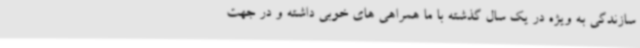
سازندگی به ویژه در یک سال گذشته با ما همراهی های خوبی داشته و در جهت